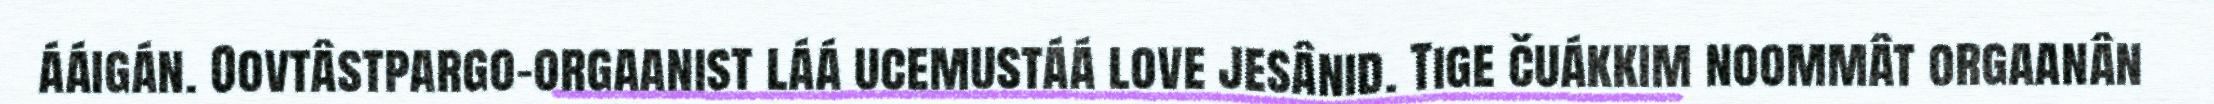
ááigán. Oovtâstpargo-orgaanist láá ucemustáá love jesânid. Tige čuákkim noommât orgaanân